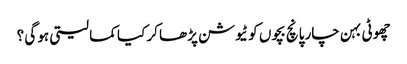
چھوٹی بہن چار پانچ بچوں کو ٹیوشن پڑھا کر کیا کما لیتی ہو گی ؟